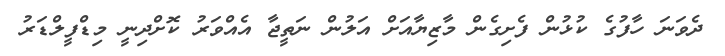
ދެވަނަ ހާފުގެ ކުޅުން ފެށިގެން މާޒިޔާއަށް އަލުން ނަތީޖާ އެއްވަރު ކޮށްދިނީ މިޑްފީލްޑަރު